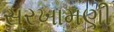
સરખામણી